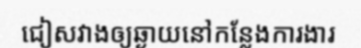
ជៀសវាងឲ្យឆ្ងាយនៅកន្លែងការងារ